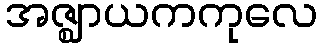
အဇ္ဈာယကကုလေ